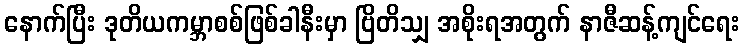
နောက်ပြီး ဒုတိယကမ္ဘာစစ်ဖြစ်ခါနီးမှာ ဗြိတိသျှ အစိုးရအတွက် နာဇီဆန့်ကျင်ရေး